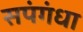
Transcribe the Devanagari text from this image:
सपंगंधा